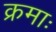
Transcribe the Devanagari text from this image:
क्रमाः